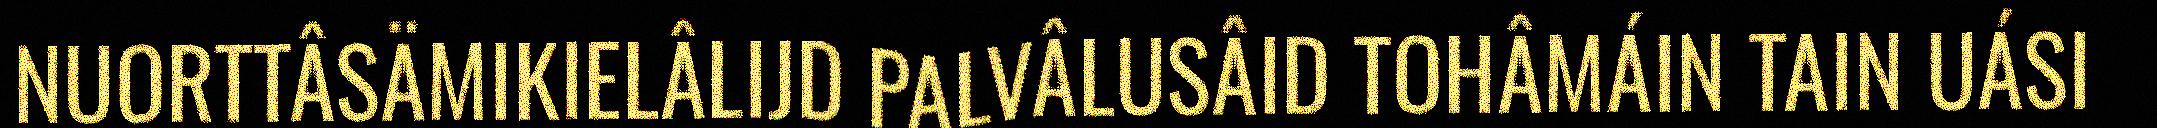
NUORTTÂSÄMIKIELÂLIJD PALVÂLUSÂID TOHÂMÁIN TAIN UÁSI